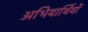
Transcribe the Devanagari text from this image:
अभियार्थियों